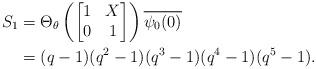
LaTeX: \begin{align*}S_{1} &= \Theta_{\theta} \left (\begin{bmatrix} 1 & X \\ 0 & 1 \end{bmatrix}\right ) \overline{\psi_{0}(0)} \\&= (q-1)(q^{2}-1)(q^{3}-1)(q^4-1)(q^5-1). \end{align*}